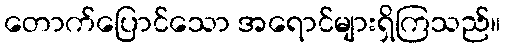
တောက်ပြောင်သော အရောင်များရှိကြသည်။